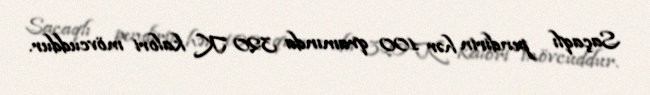
Saçaqlı pendirin hər 100 qramında 320 K kalori mövcuddur.